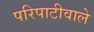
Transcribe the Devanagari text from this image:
परिपाटीवाले